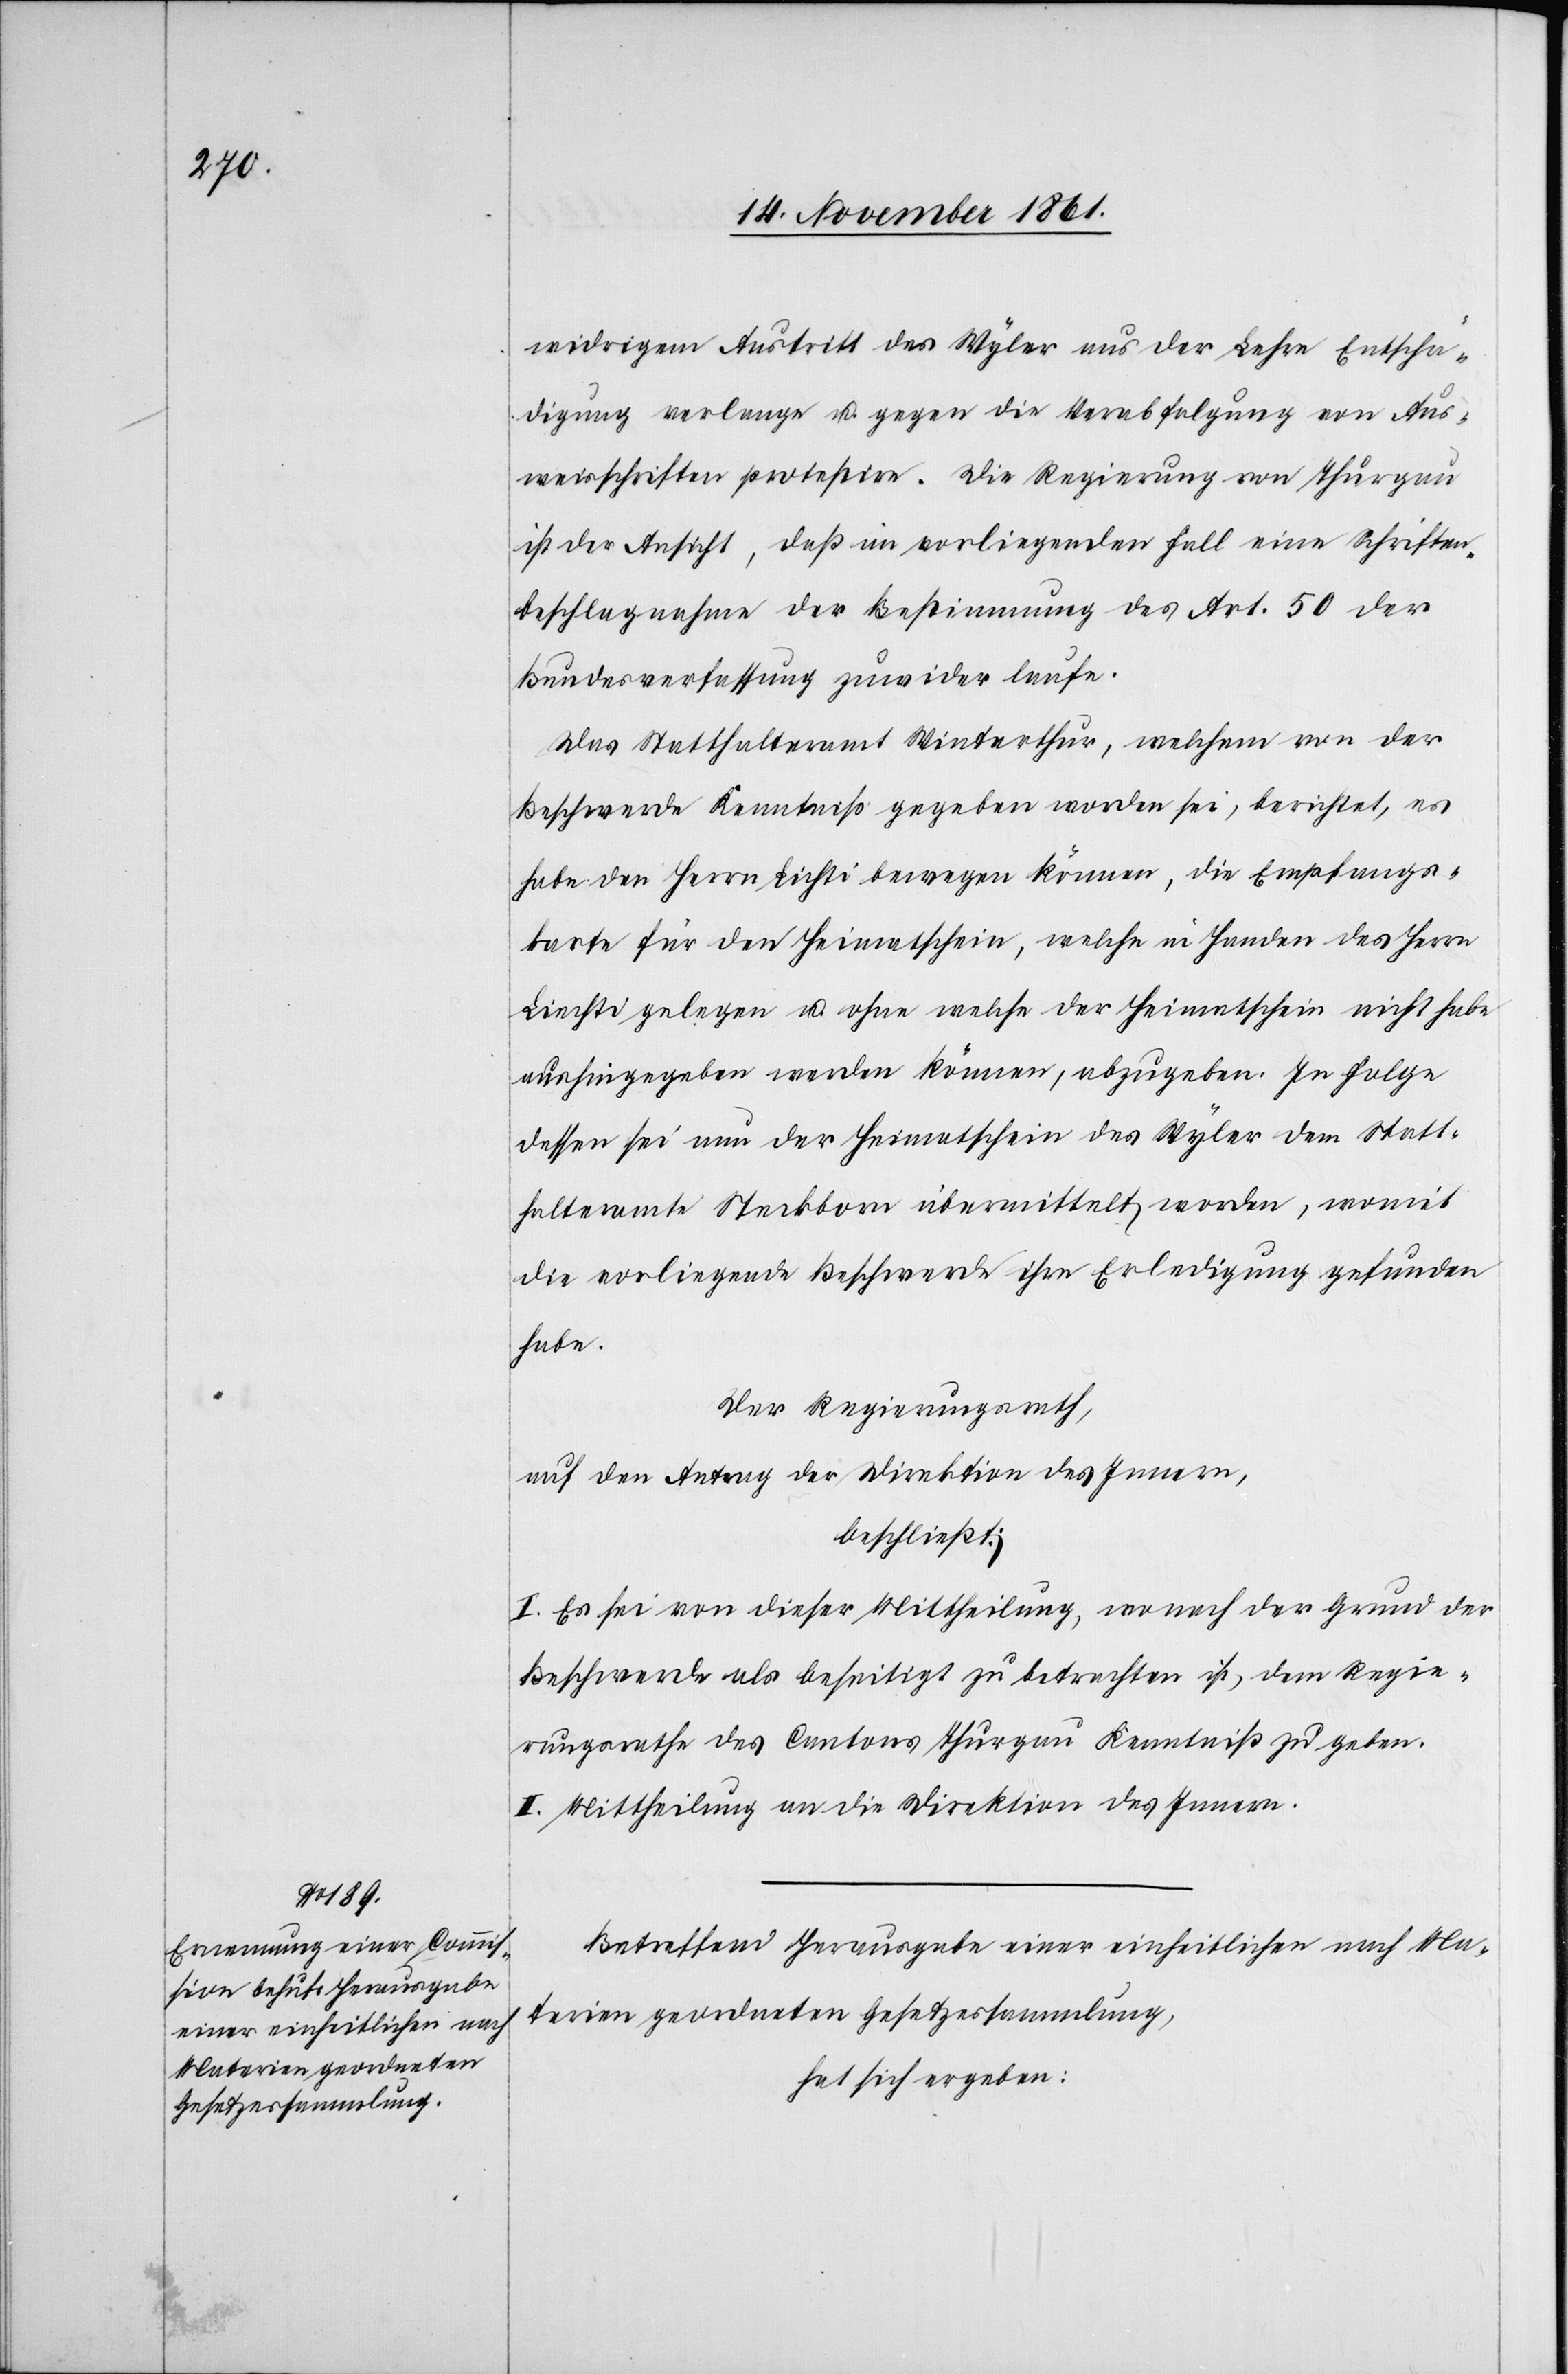
widrigen Austritt des Wyler aus der Lehre Entschä¬
digung verlange u. gegen die Verabfolgung von Aus¬
weisschriften protestire. Die Regierung von Thurgau
ist der Ansicht, daß im vorliegenden Fall eine Schriften¬
beschlagnahme der Bestimmung des Art. 50 der
Bundesverfassung zuwider laufe.
Das Statthalteramt Winterthur, welchem von der
Beschwerde Kenntniß gegeben worden sei, berichtet, es
habe den Herrn Lichti [sic!] bewegen können, die Empfangs¬
karte für den Heimatschein, welche in Handen des Herrn
Liechti gelegen u. ohne welche der Heimatschein nicht habe
aushingegeben werden können, abzugeben. In Folge
dessen sei nun der Heimatschein des Wyler dem Statt¬
halteramte Steckborn übermittelt worden, womit
die vorliegende Beschwerde ihre Erledigung gefunden
habe.
Der Regierungsrath,
auf den Antrag der Direktion des Innern,
beschließt:
I. Es sei von dieser Mittheilung, wonach der Grund der
Beschwerde als beseitigt zu betrachten ist, dem Regie¬
rungsrathe des Cantons Thurgau Kenntniß zu geben.
II. Mittheilung an die Direktion des Innern.
Betreffend Herausgabe einer einheitlichen nach Ma¬
terien geordneten Gesetzessammlung,
hat sich ergeben: